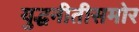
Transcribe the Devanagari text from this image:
युद्धनीतीसमोर